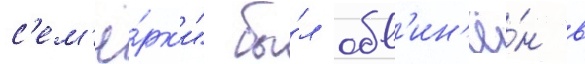
с'ем'ё́рк'и" бы́л обв'ин'ё́н в